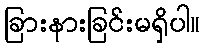
ခြားနားခြင်းမရှိပါ။